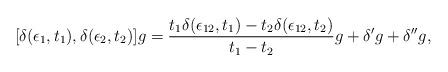
LaTeX: \begin{align*}[\delta(\epsilon_1, t_1), \delta(\epsilon_2, t_2)]g ={t_1 \delta (\epsilon_{12}, t_1) -t_2 \delta (\epsilon_{12}, t_2)\over t_1 - t_2}g +\delta^{\prime}g+ \delta^{\prime\prime}g ,\end{align*}